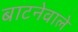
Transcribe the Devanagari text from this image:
बाटनेवाले